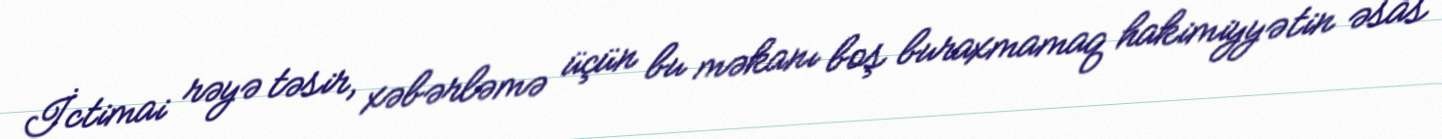
İctimai rəyə təsir, xəbərləmə üçün bu məkanı boş buraxmamaq hakimiyyətin əsas